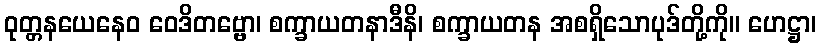
ဝုတ္တနယေနေဝ ဝေဒိတဗ္ဗော၊ စက္ခာယတနာဒီနိ၊ စက္ခာယတန အစရှိသောပုဒ်တို့ကို။ ဟေဋ္ဌာ၊